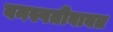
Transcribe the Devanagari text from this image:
वनस्पतीबाबत